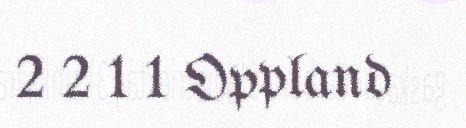
2 2 1 1 Oppland